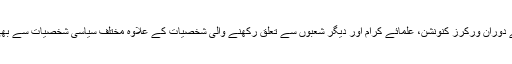
پارٹی ذرائع کے مطابق عمران خان 10مئی کو کراچی آجائیں گے اور کراچی میں اپنے قیام کے دوران ورکرز کنونشن، علمائے کرام اور دیگر شعبوں سے تعلق رکھنے والی شخصیات کے علاوہ مختلف سیاسی شخصیات سے بھی ملاقاتیں کریں گے جن میں سندھ کے سابق وزیر داخلہ ڈاکٹر ذوالفقار مرزا اوردیگر شامل ہیں۔